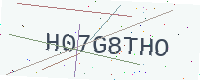
Text: H07G8THO